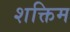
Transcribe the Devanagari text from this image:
शक्तिम